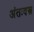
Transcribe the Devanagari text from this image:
अंतःवस्त्र